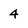
Character: 4